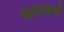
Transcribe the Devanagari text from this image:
सोडिवले